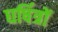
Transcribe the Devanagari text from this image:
घर्षित्रों